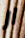
ار